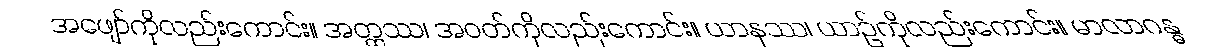
အဖျော်ကိုလည်းကောင်း။ အတ္ထဿ၊ အဝတ်ကိုလည်းကောင်း။ ယာနဿ၊ ယာဉ်ကိုလည်းကောင်း။ မာလာဂန္ဓ